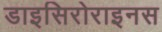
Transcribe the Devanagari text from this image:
डाइसिरोराइनस